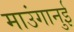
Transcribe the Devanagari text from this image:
माउंगानुई